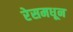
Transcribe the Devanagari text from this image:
रेसमधून